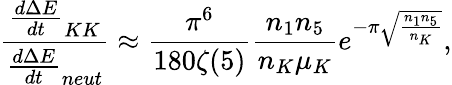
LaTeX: \frac{\frac{d\Delta E}{dt}_{KK}}{\frac{d\Delta E}{dt}_{neut}}\approx\frac{\pi^{6}}{180\zeta(5)}\frac{n_{1}n_{5}}{n_{K}\mu_{K}}e^{-\pi\sqrt{\frac{n_{1}n_{5}}{n_{K}}}},